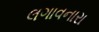
લગાવનારા